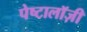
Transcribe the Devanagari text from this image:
पेष्टालॉज़ी